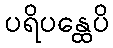
ပရိပန္ထေပိ